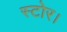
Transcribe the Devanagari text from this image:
स्टोर।